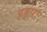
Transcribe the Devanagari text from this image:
हड्डपा